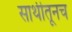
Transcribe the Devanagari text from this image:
साथीतूनच